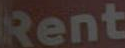
Rent